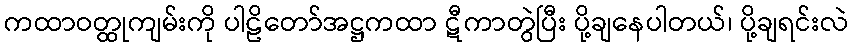
ကထာဝတ္ထုကျမ်းကို ပါဠိတော်အဋ္ဌကထာ ဋီကာတွဲပြီး ပို့ချနေပါတယ်၊ ပို့ချရင်းလဲ